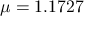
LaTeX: \mu = 1 . 1 7 2 7